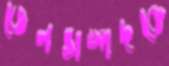
তেলসম্পদকে